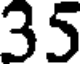
35